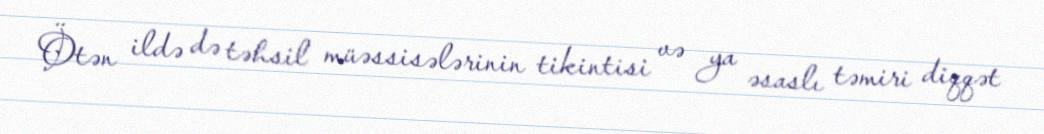
Ötən ildə də təhsil müəssisələrinin tikintisi və ya əsaslı təmiri diqqət